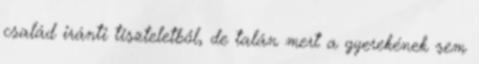
család iránti tiszteletből, de talán mert a gyerekének sem